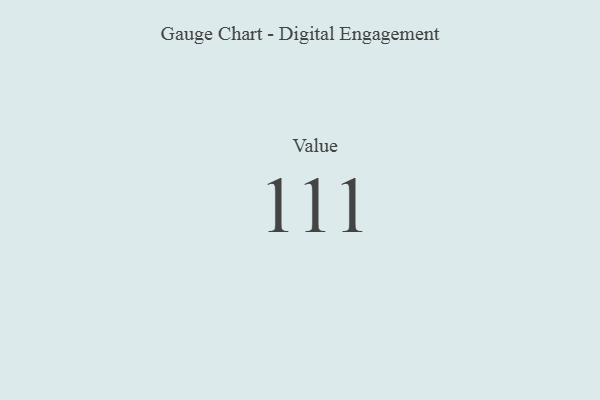
{"axis": {"x": "Metric", "y": "Value"}, "legend": [""], "data": [{"x": "Value", "y": 111, "type": ""}]}